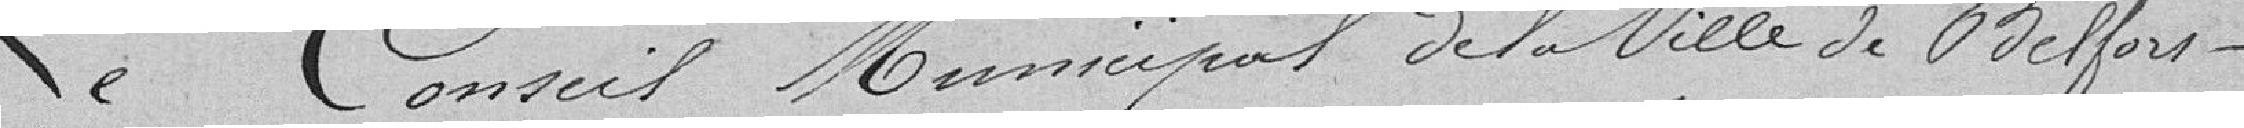
Le Conseil Municipal de la Ville de Belfort